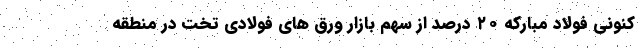
کنونی فولاد مبارکه ۲۰ درصد از سهم بازار ورق های فولادی تخت در منطقه